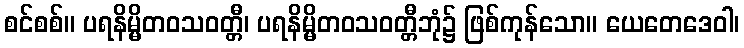
စင်စစ်။ ပရနိမ္မိတဝသဝတ္တီ၊ ပရနိမ္မိတဝသဝတ္တီဘုံ၌ ဖြစ်ကုန်သော။ ယေတေဒေဝါ၊